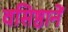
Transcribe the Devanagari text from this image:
वसिष्ठानें